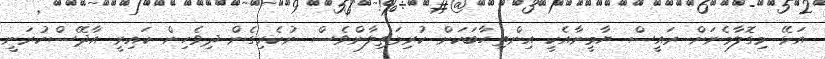
އަޅޭ މިގޮލާމެނަށް ރައީސް ޔާމީނާއެކީ އިންތިހާބަކަށް ކުރިމަތިލާންވެސް ނުކެރިގެން ދިވެހިން ކައިރީ އާދޭސްކުރަނީ